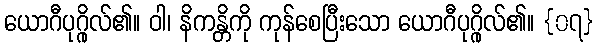
ယောဂီပုဂ္ဂိုလ်၏။ ဝါ၊ နိကန္တိကို ကုန်စေပြီးသော ယောဂီပုဂ္ဂိုလ်၏။ {၀၇}